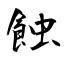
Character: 蝕